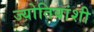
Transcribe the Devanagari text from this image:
ज्योतिबांशी